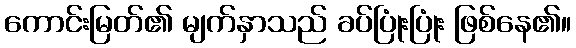
ကောင်းမြတ်၏ မျက်နှာသည် ခပ်ပြုံးပြုံး ဖြစ်နေ၏။